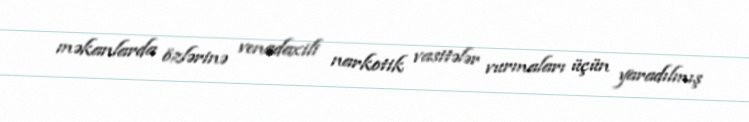
məkanlarda özlərinə venadaxili narkotik vasitələr vurmaları üçün yaradılmış